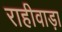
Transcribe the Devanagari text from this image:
राहीवाड़ा